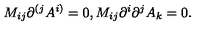
M _ { i j } \partial ^ { ( j } A ^ { i ) } = 0 , M _ { i j } \partial ^ { i } \partial ^ { j } A _ { k } = 0 .